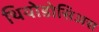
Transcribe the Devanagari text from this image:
थियोडोसिअस